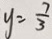
y = \frac { 7 } { 3 }